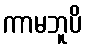
ကာမဘူပိ